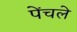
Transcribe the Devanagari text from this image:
पेंचले